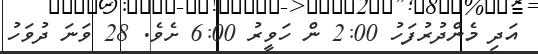
އަދި މެންދުރުފަހު 2:00 ން ހަވީރު 6:00 ށެވެ. 28 ވަނަ ދުވަހު